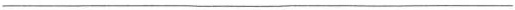
___